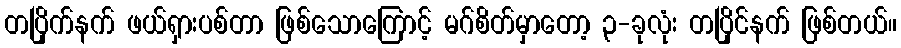
တပြိုက်နက် ဖယ်ရှားပစ်တာ ဖြစ်သောကြောင့် မဂ်စိတ်မှာတော့ ၃-ခုလုံး တပြိုင်နက် ဖြစ်တယ်။